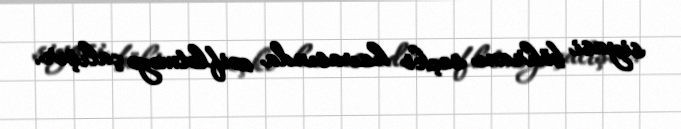
siyasi böhranı seçki havasında zəiflətməyə çalışır.